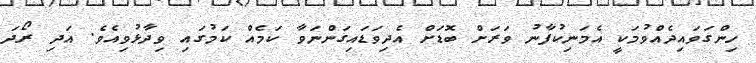
ހިންގަވައިދެއްވުމަކީ އެމަނިކުފާނު ވަރަށް ބޮޑަށް އެދިވަޑައިގަންނަވާ ކަމެއް ކަމުގައި ވިދާޅުވިއެވެ. އަދި ރޯދަ